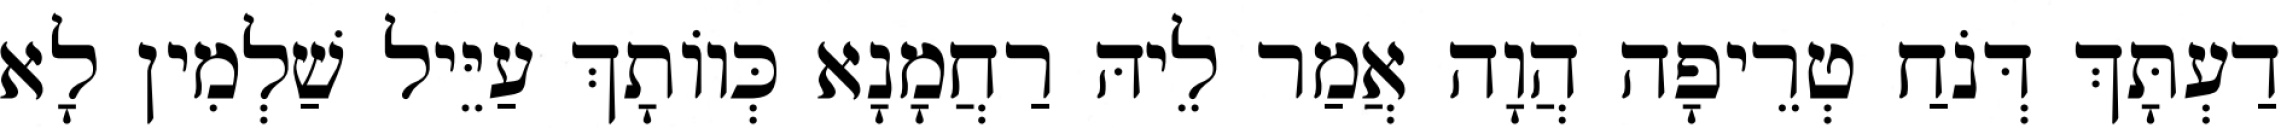
דַעְתָּךְ דְּנֹחַ טְרֵיפָה הֲוָה אֲמַר לֵיהּ רַחֲמָנָא כְּווֹתָךְ עַיֵּיל שַׁלְמִין לָא